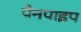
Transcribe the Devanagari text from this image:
पैनपाइप